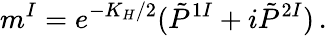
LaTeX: m^{I}=e^{-K_{H}/2}(\tilde{P}^{1I}+i\tilde{P}^{2I})\, .